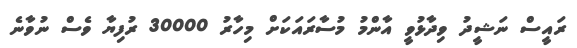
ރައީސް ނަޝީދު ވިދާޅުވީ އާންމު މުސާރައަކަށް މިހާރު 30000 ރުފިޔާ ވެސް ނުވާނެ